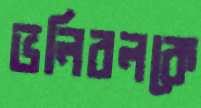
ভলিবলকে